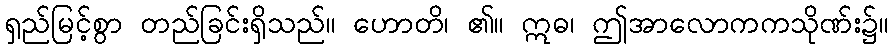
ရှည်မြင့်စွာ တည်ခြင်းရှိသည်။ ဟောတိ၊ ၏။ ဣဓ၊ ဤအာလောကကသိုဏ်း၌။